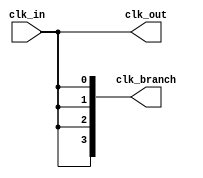
module clock_tree_buffer (
    input wire clk_in,          // Input clock signal
    output wire clk_out,        // Buffered clock output
    output wire [N-1:0] clk_branch // Multiple clock branches
);
    parameter N = 4;            // Number of branches
    parameter BUFFER_STRENGTH = 2; // Buffer strength multiplier

    // Input Buffer Stage
    wire clk_buf;
    bufif1 #(BUFFER_STRENGTH) ibuf (clk_buf, clk_in, 1'b1); // Input buffer

    // Intermediate Buffers
    wire [N-1:0] clk_int;       // Intermediate clock signals

    genvar i;
    generate
        for (i = 0; i < N; i = i + 1) begin : buffer_stage
            if (i == 0) begin
                // First stage drives from input buffer
                bufif1 #(BUFFER_STRENGTH) buf1 (clk_int[i], clk_buf, 1'b1);
            end else begin
                // Subsequent stages drive from previous stage
                bufif1 #(BUFFER_STRENGTH) buf2 (clk_int[i], clk_int[i-1], 1'b1);
            end
        end
    endgenerate

    // Output Buffers
    generate
        for (i = 0; i < N; i = i + 1) begin : output_buffer
            bufif1 #(BUFFER_STRENGTH) obuf (clk_branch[i], clk_int[i], 1'b1);
        end
    endgenerate

    // Final Output
    assign clk_out = clk_buf; // Final output for monitoring

endmodule